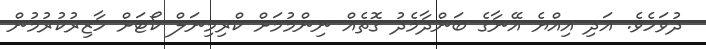
ދުވަހެވެ. އަދި އިއްޔެ އޭނާގެ ބަންދާމެދު ގޮތެއް ނިންމުމަށް ކްރިމިނަލް ކޯޓަށް ހާޒިރުކުރުމުން